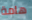
هامة